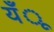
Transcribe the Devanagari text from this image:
यँू